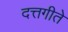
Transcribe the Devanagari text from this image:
दत्तगीते